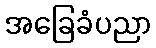
အခြေခံပညာ